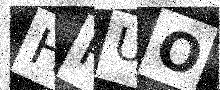
Text: HRUO